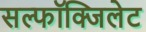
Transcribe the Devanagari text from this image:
सल्फॉक्जिलेट